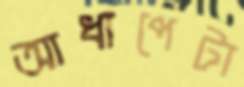
আধাপেটা